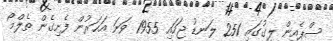
ސްޕެއިން ލީގުގައި 251 ލަނޑު ޖަހައި 1955 ވަނަ އަހަރުން ފެށިގެން ތެލްމޯ